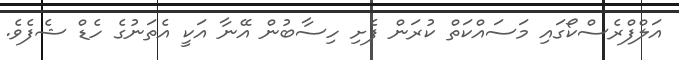
އަލްފްރެސްކޯގައި މަސައްކަތް ކުރަން ފެށި ހިސާބުން އޭނާ އަކީ އެތަނުގެ ހެޑް ޝެފެވެ.